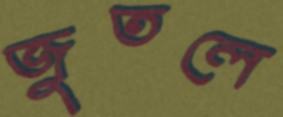
জুতলে